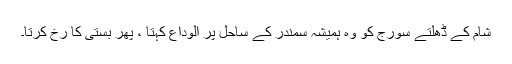
شام کے ڈھلتے سورج کو وہ ہمیشہ سمندر کے ساحل پر الوداع کہتا ، پھر بستی کا رُخ کرتا۔